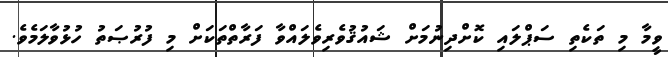
ވީމާ މި ތަކެތި ސަޕްލައި ކޮށްދިނުމަށް ޝައުޤުވެރިވެލައްވާ ފަރާތްތަކަށް މި ފުރުޞަތު ހުޅުވާލަމެވެ.